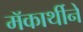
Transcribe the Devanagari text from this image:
मॅकार्थीने